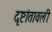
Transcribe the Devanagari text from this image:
दृष्टांतावली